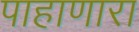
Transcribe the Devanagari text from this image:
पाहाणारा